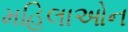
મહિલાઓન